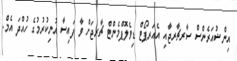
އިންޝުއަރެންސް ސާރޗާރޖާއި އެއަރޕޯޓް ޑިވެލޮޕްމެންޓް ޗާރޖަށް ވާ ފައިސާ އުނިކުރުމުގެ ހުއްދަ އެމް.